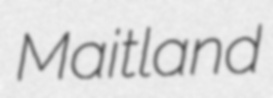
Maitland